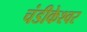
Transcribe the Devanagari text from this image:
चंडीकेश्‍वर